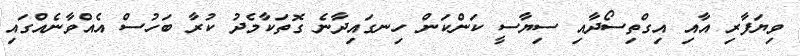
ވިޔަފާރި އާއި އިގްތިސޯދާއި ސިޔާސީ ކަންކަން ހިނގައިދާނެ ގޮތަކާމެދު ކުރާ ބަހުސް އެއްވާނެއްގައި